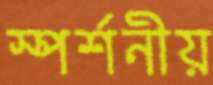
স্পর্শনীয়